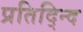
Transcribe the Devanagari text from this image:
प्रतिद्न्दि